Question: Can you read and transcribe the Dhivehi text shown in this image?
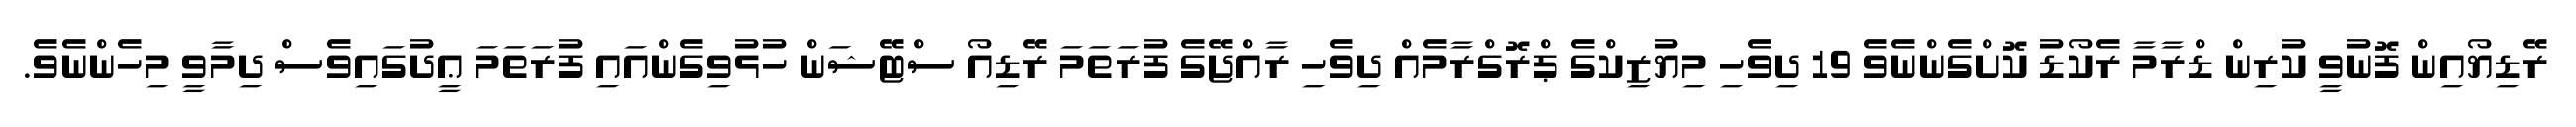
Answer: ރޭޑިޔޯއިން ފޮނުވީ ކުރިން ޑްރާމާ ރެކޯޑު ކޮށްގެންނެވެ 19 ދިވެހި މިޔުޒިކްގެ ޕްރޮގްރާމެއް ދިވެހި ރާއްޖޭގެ ފުރަތަމަ ރޭޑިއޯ ސްޓޭޝަން ހުޅުވިގެންއައި ފުރަތަމަ ޢީދުގައިވެސް ދިމާވީ މިހެންނެވެ.